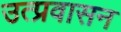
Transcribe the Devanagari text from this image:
उत्प्रवासन